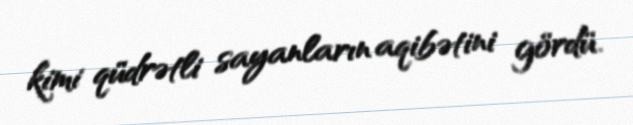
kimi qüdrətli sayanların aqibətini gördü.